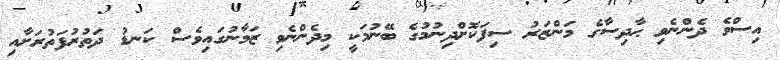
އިސްވެ ދެންނެވި ޙާދިސާގެ މަންޒަރު ސިފަކޮށްދިނުމުގެ ބޭނުމަކީ މިދެންނެވި ޒަމާނުގައިވެސް ކަނޑު ދަތުރުފަތުރަށާއި